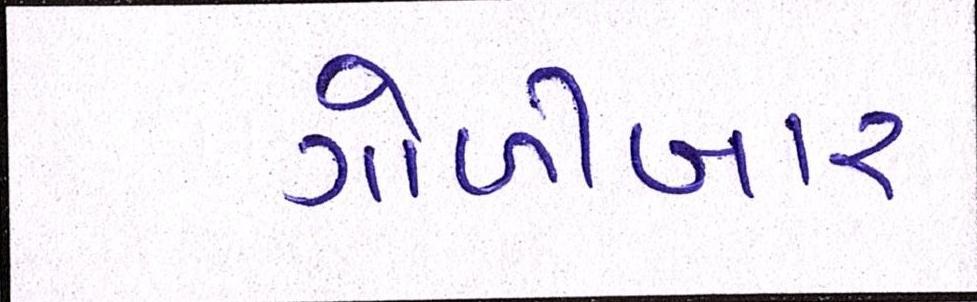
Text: ગોળીબાર